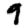
Digit: 9